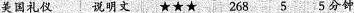
美国礼仪 说明丈 ★★★ 268 5 5分钟